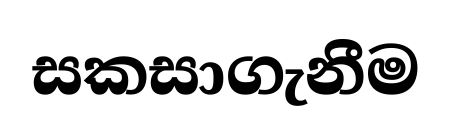
සකසාගැනීම